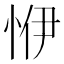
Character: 𢙬